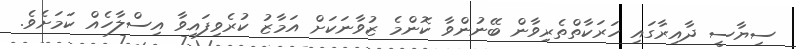
ސިޔާސީ ދާއިރާގައި ހަރަކާތްތެރިވާން ބޭނުންވާ ކޮންމެ ޒުވާނަކަށް އަމާޒު ކުރެވިފައިވާ އިސްލާހެއް ކަމަށެވެ.